Document type: Sale
Year: 1355
Scribe: Pere Borrell
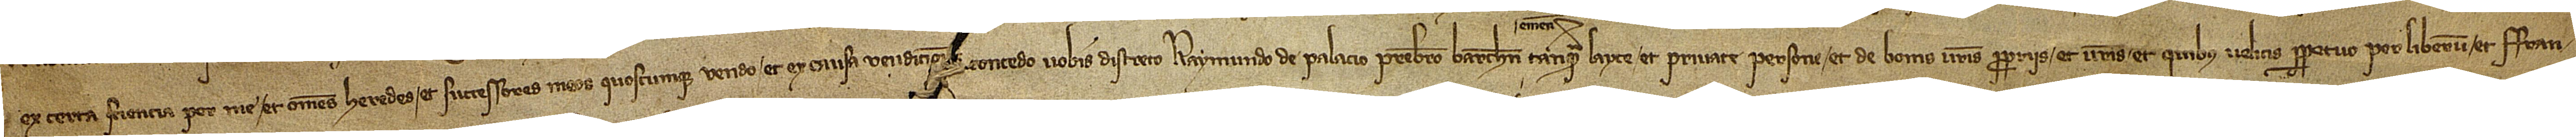
ex certa sciencia, per me et omnes heredes et successores meos quoscumque vendo et ex causa vendicio[nis] concedo vobis discreto Raymundo de Palacio, presbitero Barchinone, tanquam layce et private persone et de bonis vestris propriis, et vestris et quibus velitis perpetuo, per liberum et fran-